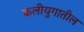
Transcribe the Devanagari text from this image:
कलीयुगातील